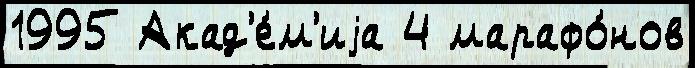
1995 Акад'е́м'иjа 4 марафо́нов